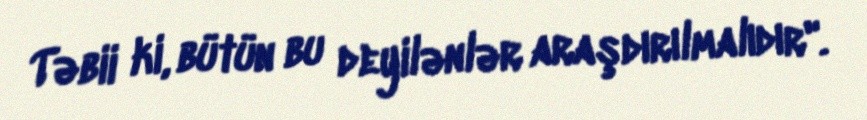
Təbii ki, bütün bu deyilənlər araşdırılmalıdır".